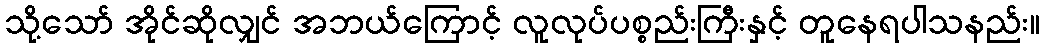
သို့သော် အိုင်ဆိုလျှင် အဘယ်ကြောင့် လူလုပ်ပစ္စည်းကြီးနှင့် တူနေရပါသနည်း။